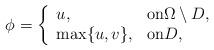
LaTeX: \begin{align*} \phi=\left\{ \begin{array}{ll}u, &{\rm on}\Omega \setminus D,\\ \max\{u, v\}, &{\rm on} D,\end{array}\right. \end{align*}